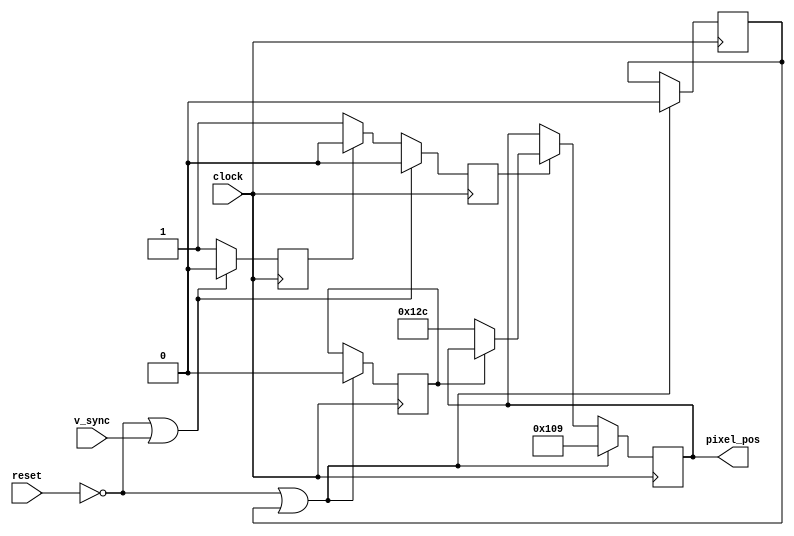
module gameControl (
	input wire clock, reset, v_sync,
	output reg [8:0] pixel_pos
);
	reg game_over;
	reg restart_game;
	
	reg has_updated_during_current_v_sync;
	reg update_pulse;
	
	always @(posedge clock)
	begin
		if(!reset || v_sync)
		begin
			has_updated_during_current_v_sync <= 1'b0;
			update_pulse <= 1'b0;
		end
		else if (has_updated_during_current_v_sync == 1'b0)
		begin
			has_updated_during_current_v_sync <= 1'b1;
			update_pulse <= 1'b1;
		end
		else
		begin
			has_updated_during_current_v_sync <= 1'b1;
			update_pulse <= 1'b0;
		end
	end
	
	always @(posedge clock)
	begin
		if(!reset || restart_game)
		begin
			pixel_pos <= 9'd265;
			game_over <= 1'b0;
			restart_game <= 1'b0;
		end
		else if(update_pulse) begin
			if(!game_over)
			begin
				pixel_pos <= 9'd300;
			end
		end
	end
endmodule